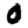
Digit: 0